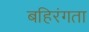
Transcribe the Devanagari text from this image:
बहिरंगता